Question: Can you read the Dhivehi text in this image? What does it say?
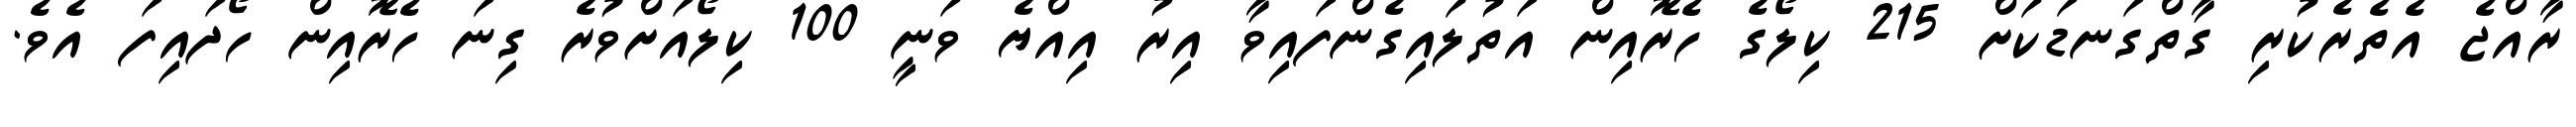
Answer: ރާއްޖެ އެތެރެކުރި ގާތްގަނޑަކަށް 215 ކިލޯގެ ހެރޮއިން އަތުލައިގެންފައިވާ އިރު އިއްޔެ ވަނީ 100 ކިލޯއަށްވުރެ ގިނަ ހެރޮއިން ހޯދައިފަ އެވެ.